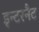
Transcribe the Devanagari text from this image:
इन्टरनैट